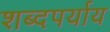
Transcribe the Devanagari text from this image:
शब्दपर्याय